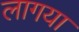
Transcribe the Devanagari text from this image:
लागया